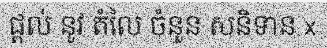
ផ្តល់ នូវ តំលៃ ចំនួន សនិទាន x